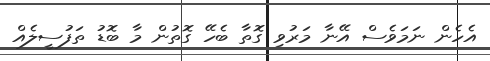
އެހެން ނަމަވެސް އޭނާ މަރުވި ގޮތާ ބެހޭ ގޮތުން މާ ބޮޑު ތަފުސީލެއް